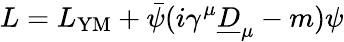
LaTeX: L=L_{\mathrm{YM}}+\bar{\psi}(i\gamma^{\mu}\underline{{{D}}}_{\mu}-m)\psi